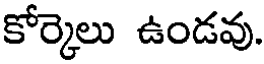
కోర్కెలు ఉండవు.